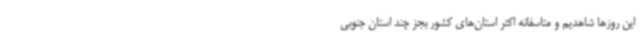
این روزها شاهدیم و متاسفانه اکثر استان‌های کشور بجز چند استان جنوبی